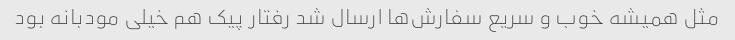
مثل همیشه خوب و سریع سفارش‌ها ارسال شد رفتار پیک هم خیلی مودبانه بود